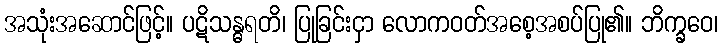
အသုံးအဆောင်ဖြင့်။ ပဋိသန္ဓရတိ၊ ပြုခြင်းငှာ လောကဝတ်အစေ့အစပ်ပြု၏။ ဘိက္ခဝေ၊